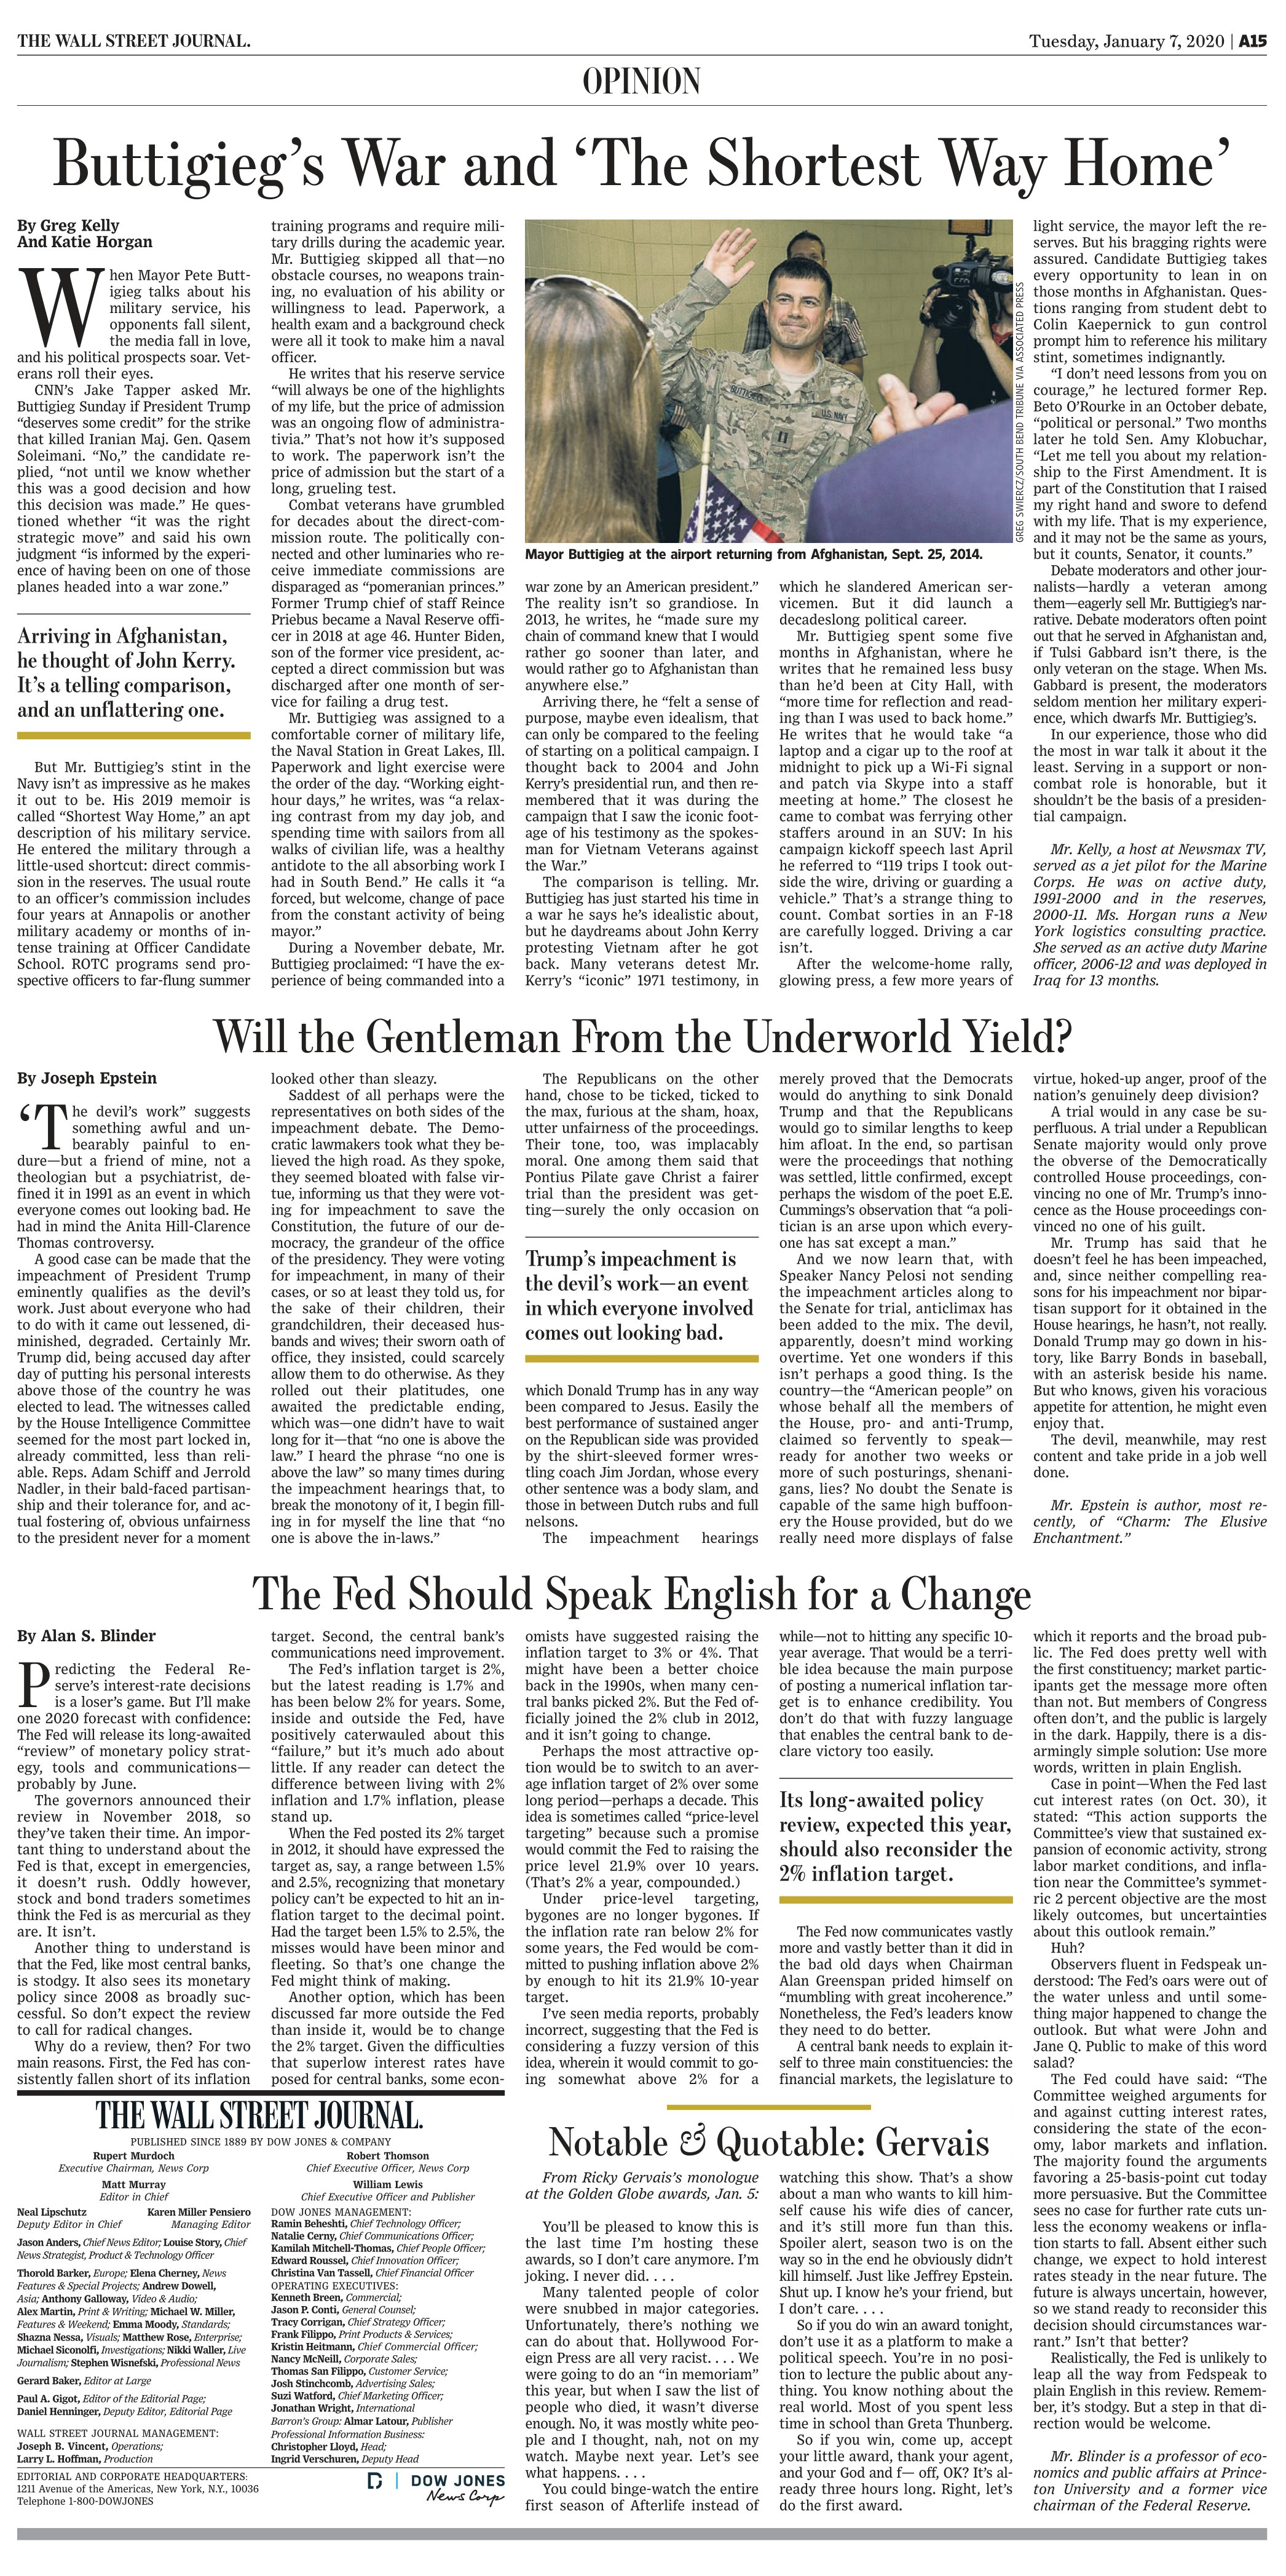
Language: en